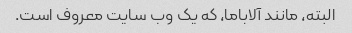
البته، مانند آلاباما، که یک وب سایت معروف است.